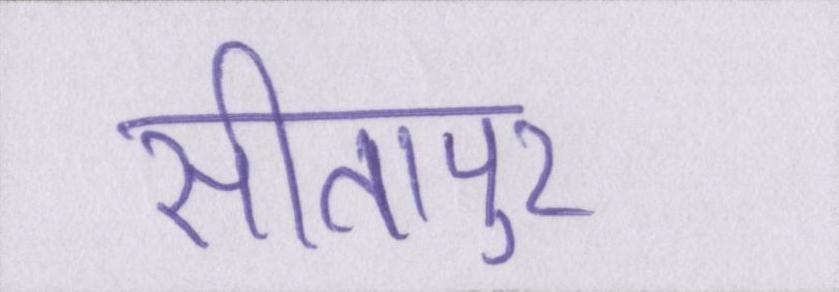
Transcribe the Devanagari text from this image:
सीतापुर